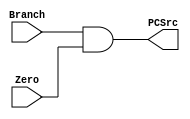
`timescale 1ns / 1ps
//////////////////////////////////////////////////////////////////////////////////
// Company: 
// Engineer: 
// 
// Design Name: 
// Module Name:    And 
// Project Name: 
// Target Devices: 
// Tool versions: 
// Description: 
//
// Dependencies: 
//
// Revision: 
// Revision 0.01 - File Created
// Additional Comments: 
//
//////////////////////////////////////////////////////////////////////////////////
module And(
	input Branch,
	input Zero,
	output PCSrc
    );
	 
	assign PCSrc = Branch && Zero;
	
endmodule